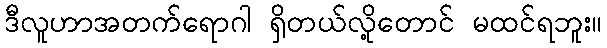
ဒီလူဟာအတက်ရောဂါ ရှိတယ်လို့တောင် မထင်ရဘူး။